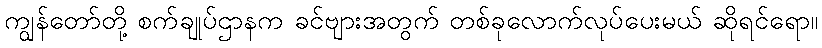
ကျွန်တော်တို့ စက်ချုပ်ဌာနက ခင်ဗျားအတွက် တစ်ခုလောက်လုပ်ပေးမယ် ဆိုရင်ရော။